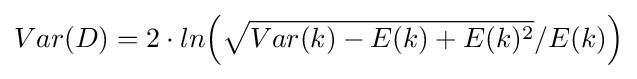
Var(D)=2\cdot ln{\Bigl (}{\sqrt {Var(k)-E(k)+E(k)^{2}}}/E(k){\Bigl )}